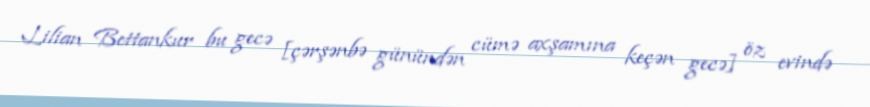
Lilian Bettankur bu gecə [çərşənbə günündən cümə axşamına keçən gecə] öz evində